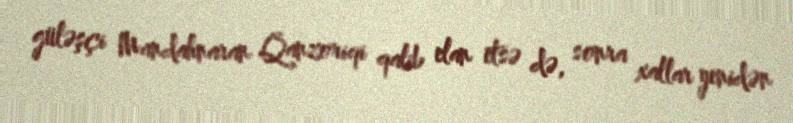
güləşçi Mandahnaran Qanzoriqi qalib elan etsə də, sonra xallar yenidən